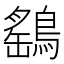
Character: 鷂